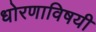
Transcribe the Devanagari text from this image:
धोरणाविषयी